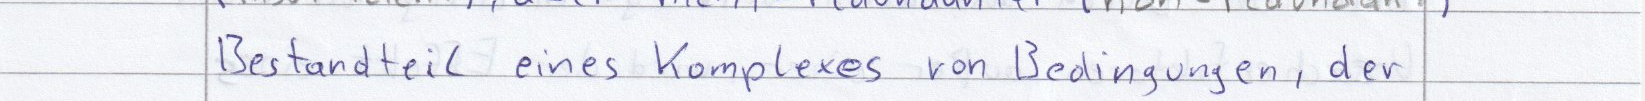
Betandteil eines Komplexes von Bedingungen, der